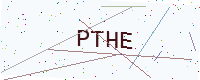
Text: PTHE